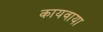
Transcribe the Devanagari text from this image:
कायवाया